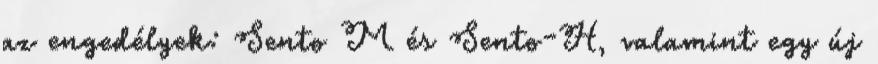
az engedélyek: Sento M és Sento-H, valamint egy új